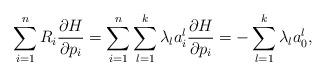
LaTeX: \begin{align*}\sum_{i=1}^n R_i\frac{\partial H}{\partial p_i}=\sum_{i=1}^n\sum_{l=1}^k \lambda_l a_i^l \frac{\partial H}{\partial p_i}=-\sum_{l=1}^k \lambda_l a_0^l,\end{align*}